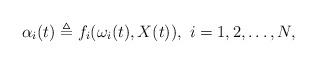
LaTeX: \begin{align*} \alpha_i(t)\triangleq f_i(\omega_i(t), X(t)),~ i=1,2,\ldots, N,\end{align*}